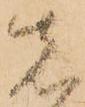
先